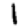
Digit: 1